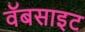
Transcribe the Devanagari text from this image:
वॅबसाइट